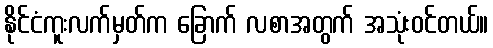
နိုင်ငံကူးလက်မှတ်က ခြောက် လစာအတွက် အသုံးဝင်တယ်။